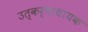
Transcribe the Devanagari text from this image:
उत्कर्षाधायक